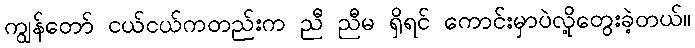
ကျွန်တော် ငယ်ငယ်ကတည်းက ညီ ညီမ ရှိရင် ကောင်းမှာပဲလို့တွေးခဲ့တယ်။